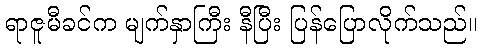
ရာဇူမီခင်က မျက်နှာကြီး နီပြီး ပြန်ပြောလိုက်သည်။